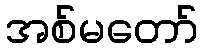
အစ်မတော်